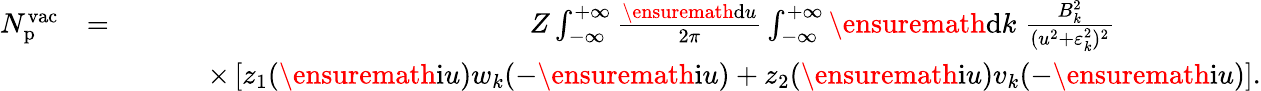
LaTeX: \begin{array}{rlr}{N_{\mathrm{p}}^{\mathrm{vac}}}&{=}&{Z\int_{-\infty}^{+\infty}\frac{\ensuremath{\mathrm{d}}u}{2\pi}\int_{-\infty}^{+\infty}\ensuremath{\mathrm{d}}k\; \frac{B_{k}^{2}}{(u^{2}+\varepsilon_{k}^{2})^{2}}\phantom{xxxxxxxxx}}\\ &{}&{\; \; \; \; \; \; \; \; \; \times\left[z_{1}(\ensuremath{\mathrm{i}}u)w_{k}(-\ensuremath{\mathrm{i}}u)+z_{2}(\ensuremath{\mathrm{i}}u)v_{k}(-\ensuremath{\mathrm{i}}u)\right].}\end{array}